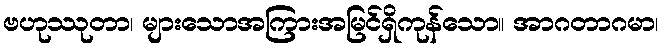
ဗဟုဿုတာ၊ များသောအကြားအမြင်ရှိကုန်သော။ အာဂတာဂမာ၊